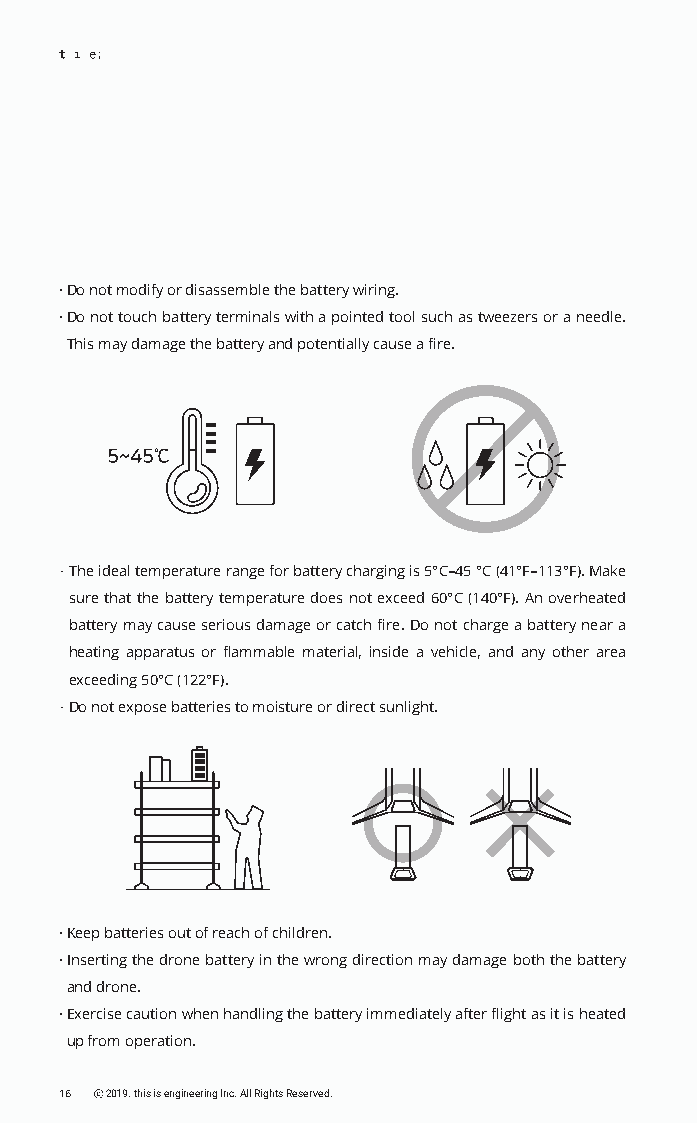
· Do not modify or disassemble the battery wiring.
 · Do not touch battery terminals with a pointed tool such as tweezers or a needle.
 This may damage the battery and potentially cause a fire.
 · The ideal temperature range for battery charging is 5°C–45 °C (41°F–113°F). Make
 sure that the battery temperature does not exceed 60°C (140°F). An overheated
 battery may cause serious damage or catch fire. Do not charge a battery near a
 heating apparatus or flammable material, inside a vehicle, and any other area
 exceeding 50°C (122°F).
 · Do not expose batteries to moisture or direct sunlight.
 · Keep batteries out of reach of children.
 · Inserting the drone battery in the wrong direction may damage both the battery
 and drone.
 · Exercise caution when handling the battery immediately after flight as it is heated
 up from operation.
 16 ⓒ 2019. this is engineering Inc. All Rights Reserved.